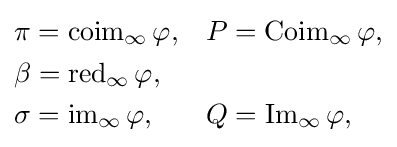
{\begin{aligned}&\pi =\operatorname {coim} _{\infty }\varphi ,&&P=\operatorname {Coim} _{\infty }\varphi ,\\&\beta =\operatorname {red} _{\infty }\varphi ,&&\\&\sigma =\operatorname {im} _{\infty }\varphi ,&&Q=\operatorname {Im} _{\infty }\varphi ,\end{aligned}}